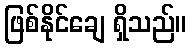
ဖြစ်နိုင်ချေ ရှိသည်။